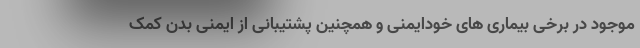
موجود در برخی بیماری های خودایمنی و همچنین پشتیبانی از ایمنی بدن کمک